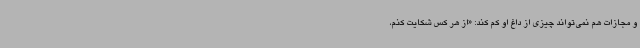
و مجازات هم نمی‌تواند چیزی از داغ او کم کند: «از هر کس شکایت کنم،